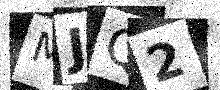
Text: MJQ2